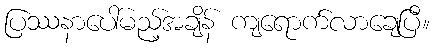
ပြဿနာပေါ်မည့်အချိန် ကျရောက်လာချေပြီ။